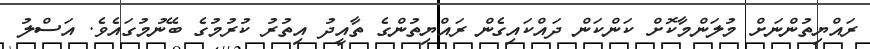
ރައްޔިތުންނަށް މުލަންމާކޮށް ކަންކަން ދައްކައިގެން ރައްޔިތުންގެ ތާއީދު އިތުރު ކުރުމުގެ ބޭނުމުގައެވެ. އަސްލު